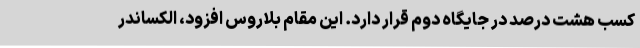
کسب هشت درصد در جایگاه دوم قرار دارد. این مقام بلاروس افزود، الکساندر